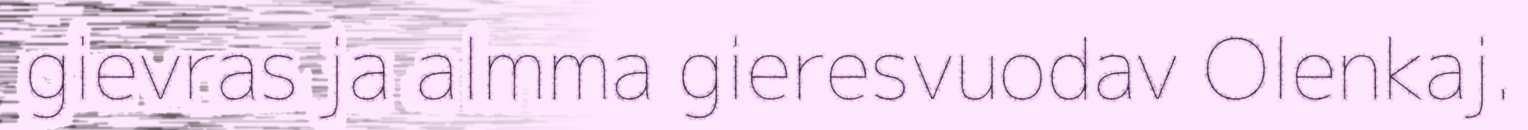
gievras ja almma gieresvuodav Olenkaj.